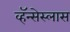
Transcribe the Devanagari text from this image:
व्हॅन्सेस्लास